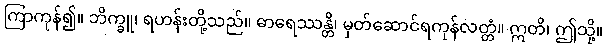
ကြာကုန်၍။ ဘိက္ခူ၊ ရဟန်းတို့သည်။ ဓာရေဿန္တိ၊ မှတ်ဆောင်ရကုန်လတ္တံ။ ဣတိ၊ ဤသို့။